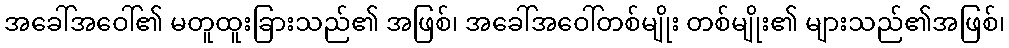
အခေါ်အဝေါ်၏ မတူထူးခြားသည်၏ အဖြစ်၊ အခေါ်အဝေါ်တစ်မျိုး တစ်မျိုး၏ များသည်၏အဖြစ်၊